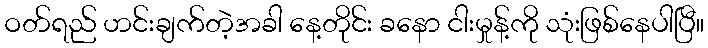
ဝတ်ရည် ဟင်းချက်တဲ့အခါ နေ့တိုင်း ခနော ငါးမှုန့်ကို သုံးဖြစ်နေပါပြီ။